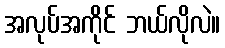
အလုပ်အကိုင် ဘယ်လိုလဲ။